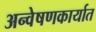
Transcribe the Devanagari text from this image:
अन्वेषणकार्यात